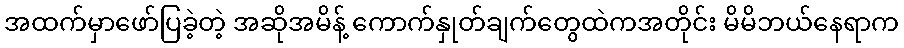
အထက်မှာဖော်ပြခဲ့တဲ့ အဆိုအမိန့် ကောက်နှုတ်ချက်တွေထဲကအတိုင်း မိမိဘယ်နေရာက